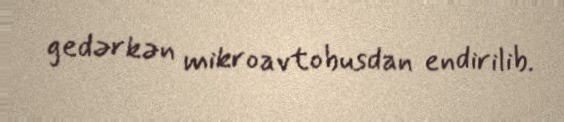
gedərkən mikroavtobusdan endirilib.